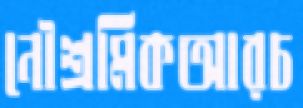
নৌশ্রমিকআরচ